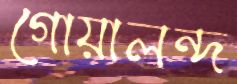
গোয়ালন্দ